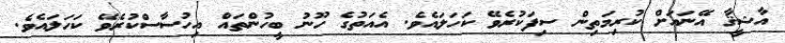
އާޝީޤާ އޭނައަށް ކުރިމަތިން ސިފަކުރެވޭ ކަހަލައެވެ. އެއަތުގެ ހޫނު ބީހުންތައް އިހުސާސްކުރެވޭ ކަހަލައެވެ.